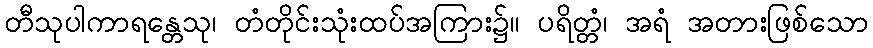
တီသုပါကာရန္တေသု၊ တံတိုင်းသုံးထပ်အကြား၌။ ပရိတ္တံ၊ အရံ အတားဖြစ်သော